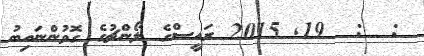
:  :  19